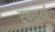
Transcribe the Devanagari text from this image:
रूबाइयाँ